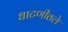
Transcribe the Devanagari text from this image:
धाटणीतले